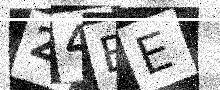
Text: 24BE